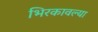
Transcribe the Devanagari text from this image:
भिरकावल्या